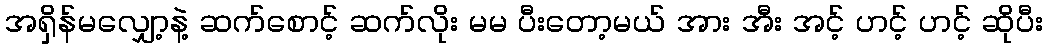
အရှိန်မလျှော့နဲ့ ဆက်စောင့် ဆက်လိုး မမ ပီးတော့မယ် အား အီး အင့် ဟင့် ဟင့် ဆိုပီး